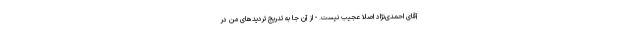
آقای احمدی‌نژاد اصلا عجیب نیست. - از آن جا به تدریج تردیدهای من در